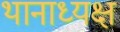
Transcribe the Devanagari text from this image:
थानाध्यक्ष